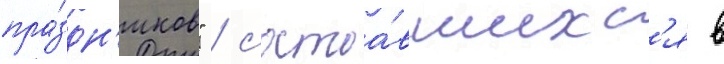
пра́здн'иков" / состоа́вшихс'я в